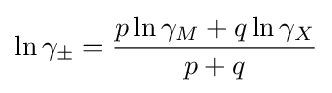
\ln \gamma _{\pm }={\frac {p\ln \gamma _{M}+q\ln \gamma _{X}}{p+q}}